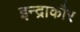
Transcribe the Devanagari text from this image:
इन्द्राकौर